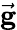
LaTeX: \vec{\mathbf g}